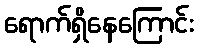
ရောက်ရှိနေကြောင်း